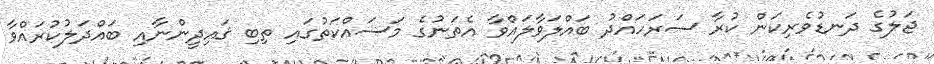
ޖަލުގެ ދަނޑުވެރިކަން ކުރާ ސަރަހައްދު ބައްލަވާލައްވާ އެތަނުގެ މަސައްކަތުގައި ތިބި ޤައިދީންނާއި ބައްދަލުކުރައްވާ